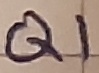
Text: Q1